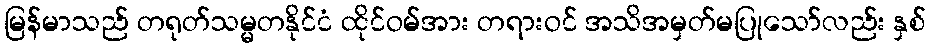
မြန်မာသည် တရုတ်သမ္မတနိုင်ငံ ထိုင်ဝမ်အား တရားဝင် အသိအမှတ်မပြုသော်လည်း နှစ်